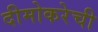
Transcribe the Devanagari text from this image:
दीमोकरेची